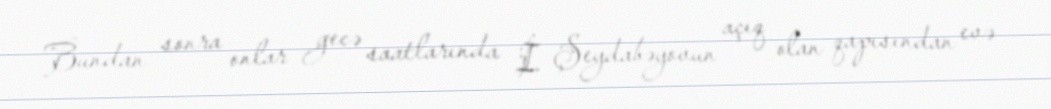
Bundan sonra onlar gecə saatlarında İ. Şeydabəyovun açıq olan qapısından evə